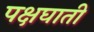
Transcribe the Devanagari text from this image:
पक्षघाती